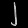
Digit: ၂